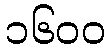
၁၆၀၀